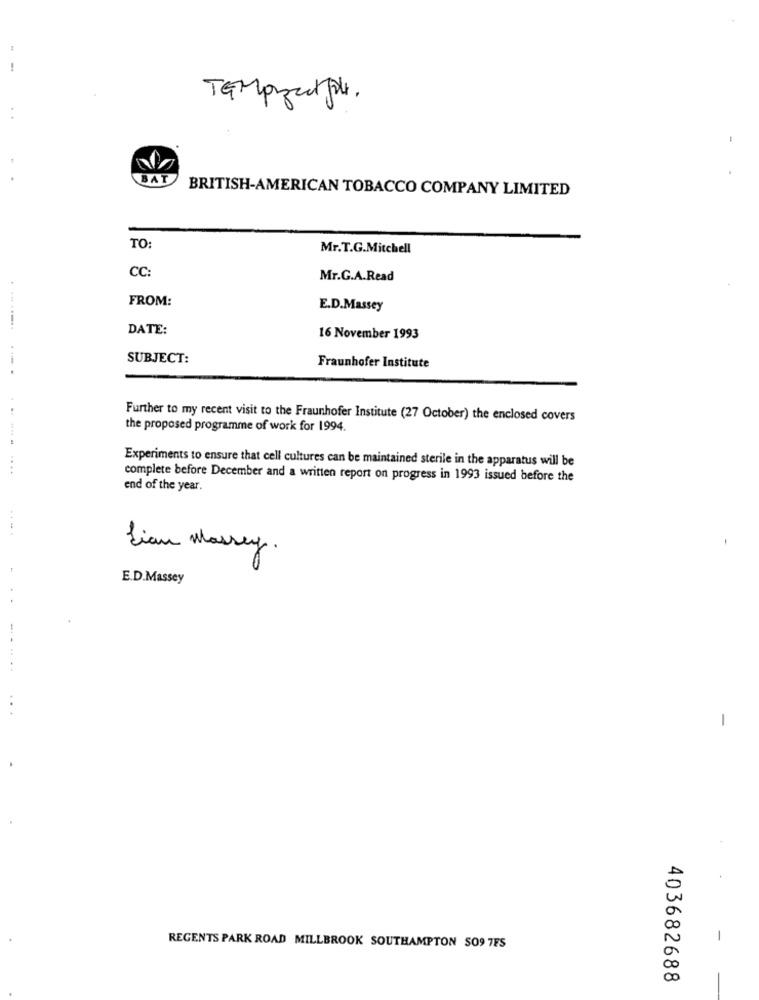
TEMprzed pole.
BAT
BRITISH-AMERICAN TOBACCO COMPANY LIMITED
TO:
Mr.T.G.Mitchell
CC:
Mr.G.A.Read
FROM:
E.D.Massey
.-----..
DATE:
16 November 1993
SUBJECT:
Fraunhofer Institute
Further to my recent visit to the Fraunhofer Institute (27 October) the enclosed covers
the proposed programme of work for 1994.
Experiments to ensure that cell cultures can be maintained sterile in the apparatus will be
....
complete before December and a written report on progress in 1993 issued before the
end of the year.
Lian Massey .
E.D.Massey
-
-
REGENTS PARK ROAD MILLBROOK SOUTHAMPTON SO9 7FS
00
00
403682688